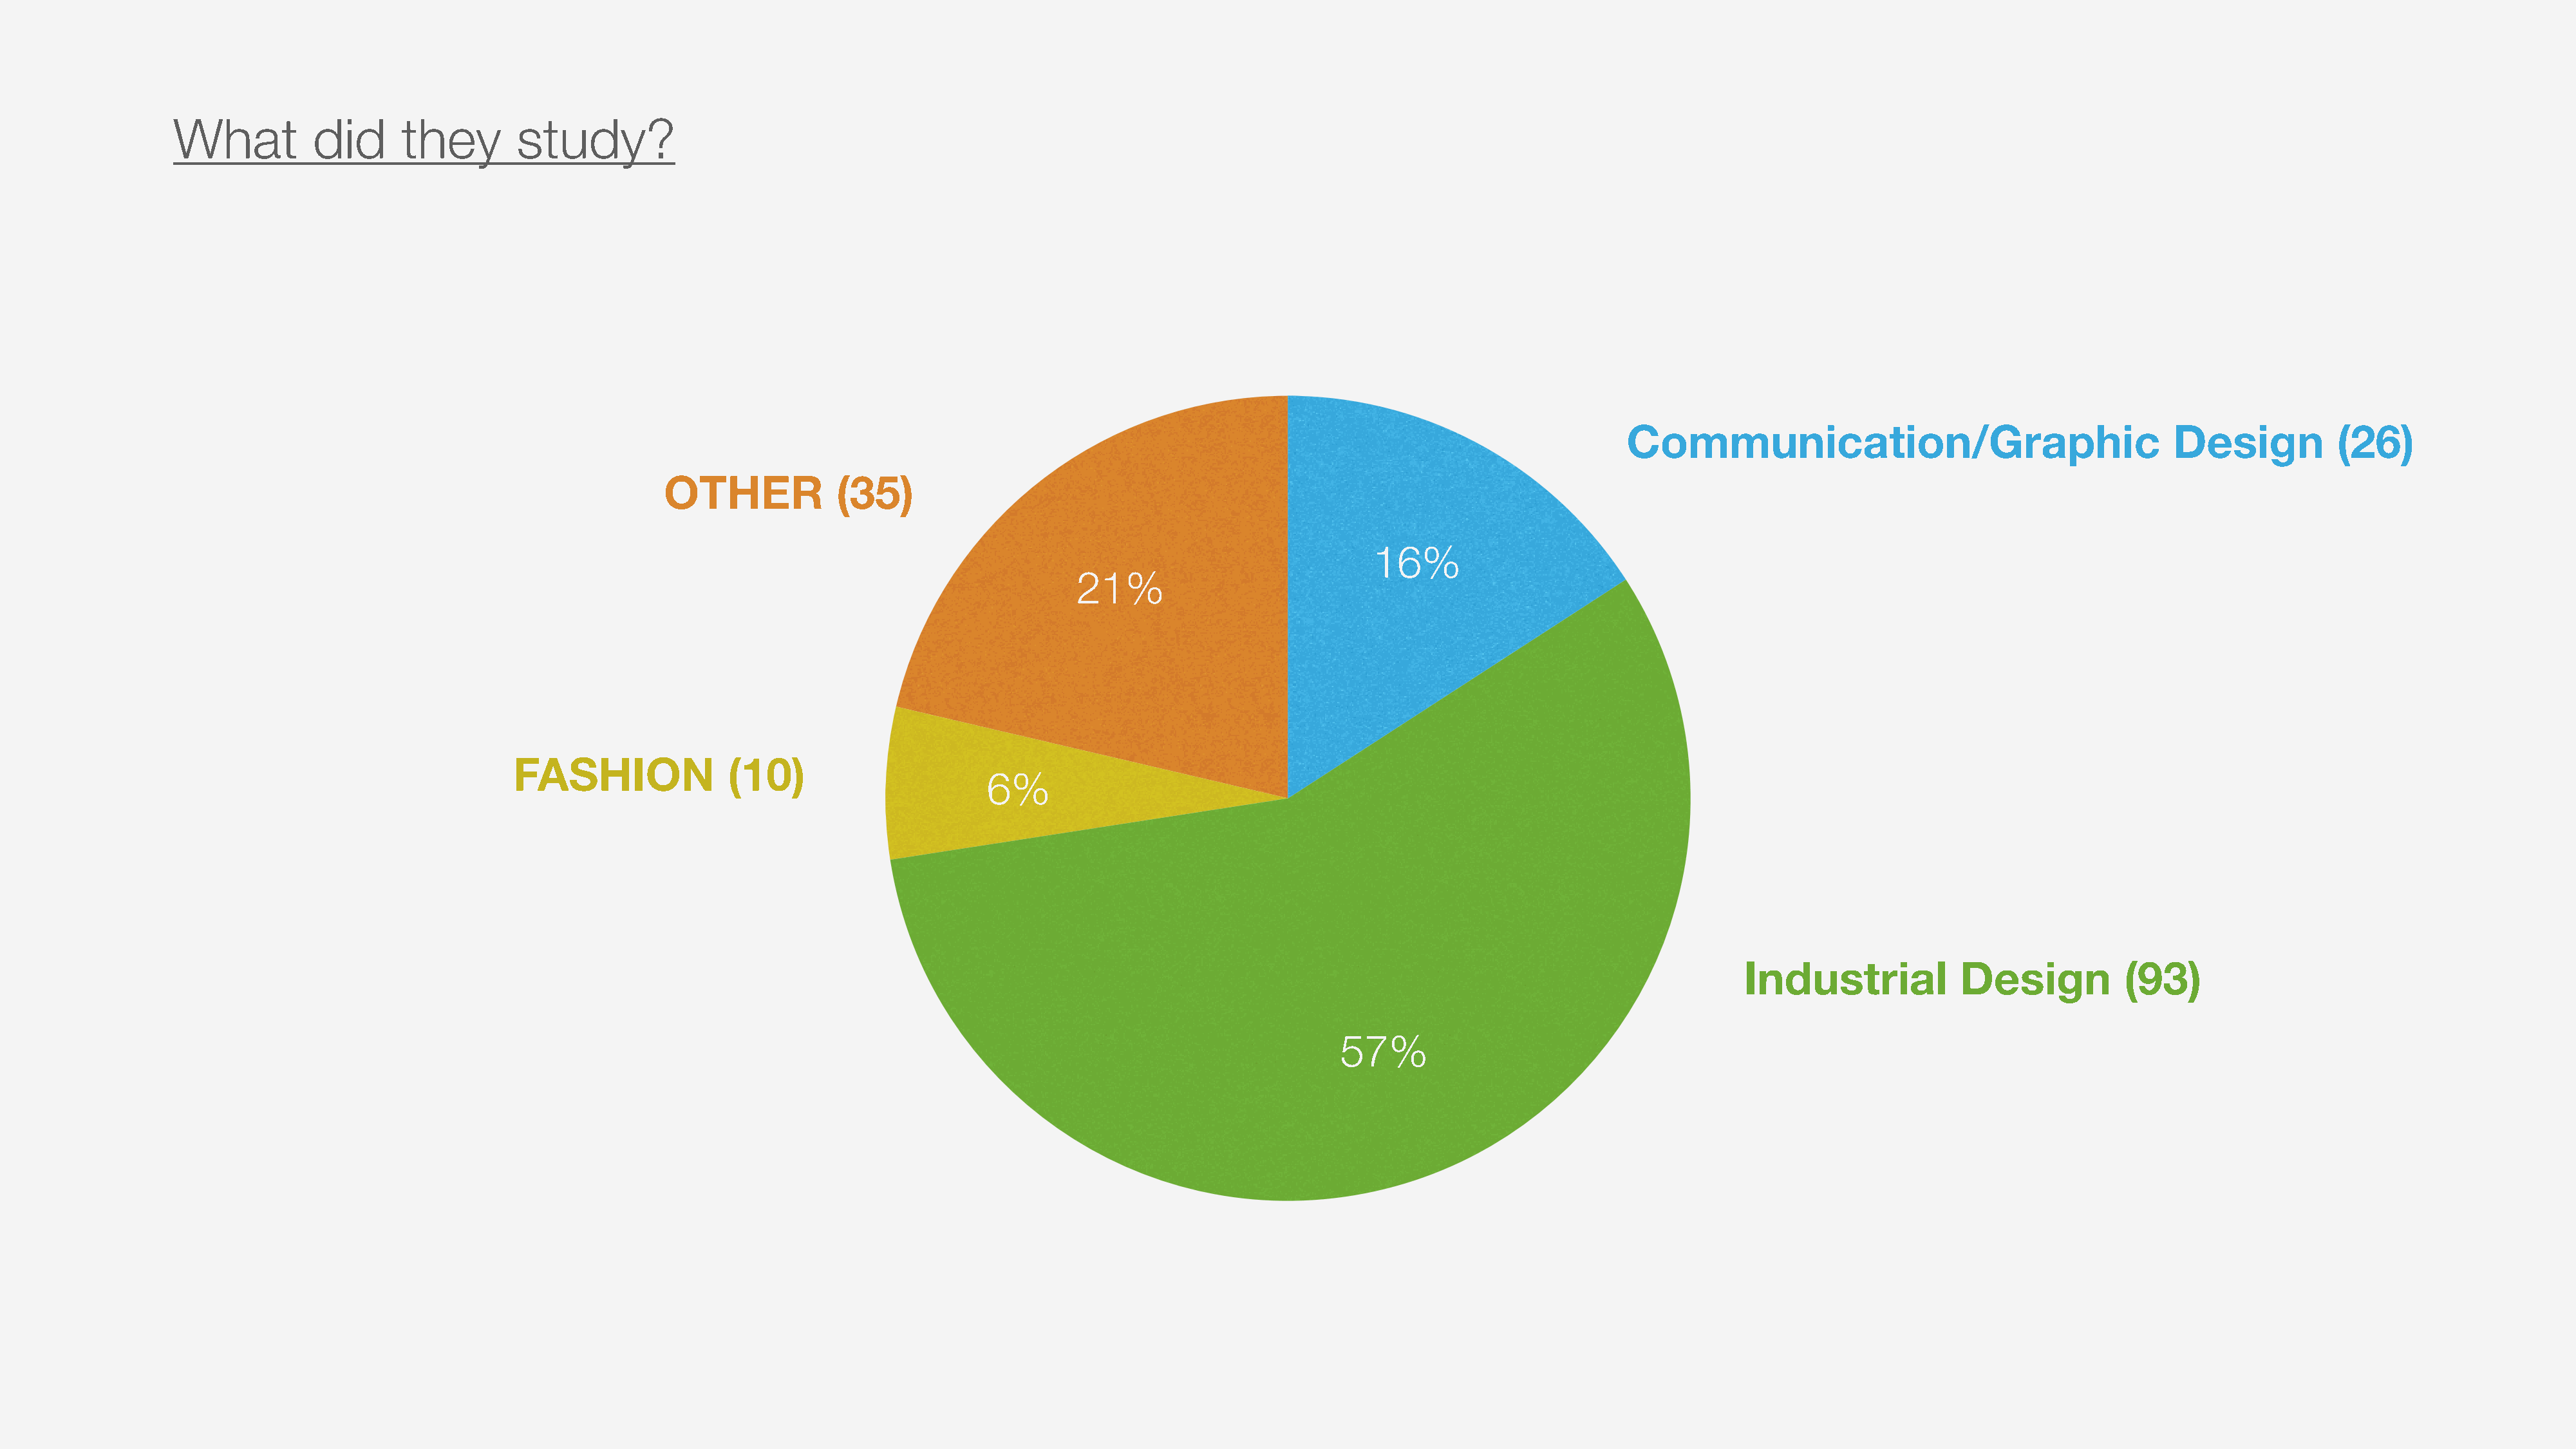
What          did      they        study?
 Communication/Graphic                                   Design           (26)
 OTHER             (35)
 16%
 21%
 FASHION               (10)
 6%
 Industrial             Design          (93)
 57%